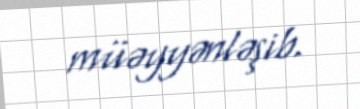
müəyyənləşib.